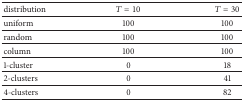
<table><thead><tr><td><b>distribution</b></td><td><b><i>T</i> = 10</b></td><td><b><i>T</i> = 30</b></td></tr></thead><tbody><tr><td> uniform</td><td>100</td><td>100</td></tr><tr><td> random</td><td>100</td><td>100</td></tr><tr><td> column</td><td>100</td><td>100</td></tr><tr><td> 1-cluster</td><td>0</td><td>18</td></tr><tr><td> 2-clusters</td><td>0</td><td>41</td></tr><tr><td> 4-clusters</td><td>0</td><td>82</td></tr></tbody></table>